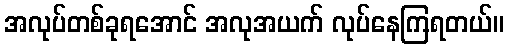
အလုပ်တစ်ခုရအောင် အလုအယက် လုပ်နေကြရတယ်။